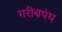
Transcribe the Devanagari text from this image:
गरीबपंथ